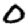
Digit: 0